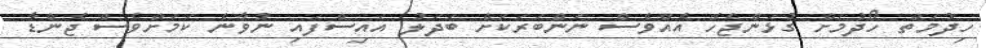
ހިދުމަތް ހޯދުމަށް ގުޅަންޖެހޭ އެއްވެސް ނަންބަރަކަށް ބަދަލު އައިސްފައި ނުވާނެ ކަމަށްވެސް ޖެންޑާ